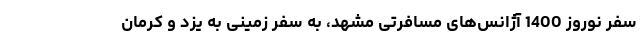
سفر نوروز 1400 آژانس‌های مسافرتی مشهد، به سفر زمینی به یزد و کرمان